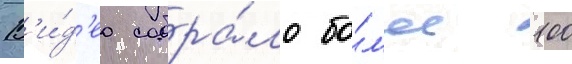
В'и́д'ео собра́ло бо́л'ее 100